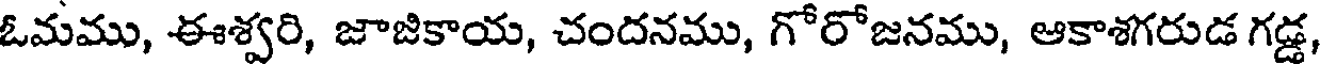
ఓమము, ఈశ్వరి, జాజికాయ, చందనము, గోరోజనము, ఆకాశగరుడ గడ్డ,